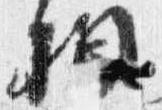
相